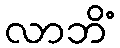
လာဘိံ